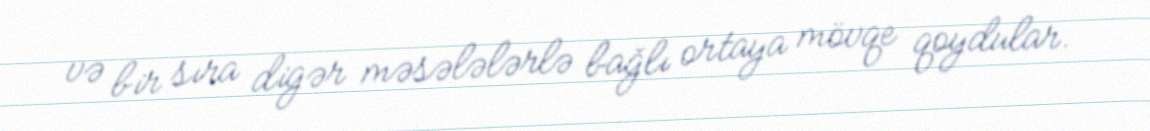
və bir sıra digər məsələlərlə bağlı ortaya mövqe qoydular.